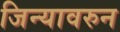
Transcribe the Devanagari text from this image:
जिन्यावरुन